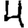
Digit: 4